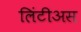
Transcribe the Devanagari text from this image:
लिंटीअस